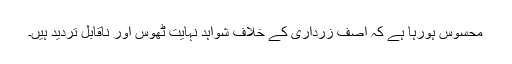
محسوس ہورہا ہے کہ آصف زرداری کے خلاف شواہد نہایت ٹھوس اور ناقابل تردید ہیں۔